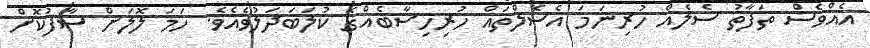
އެއްވެސް ތަފާތު ސެލެއް ހުރިނަމަ އެސެލްތައް ހުރިހިސާބެއްގެ ކުލަބަދަލުވެއެވެ. ހަމަ ލޮލަށް ސާފުކޮށް